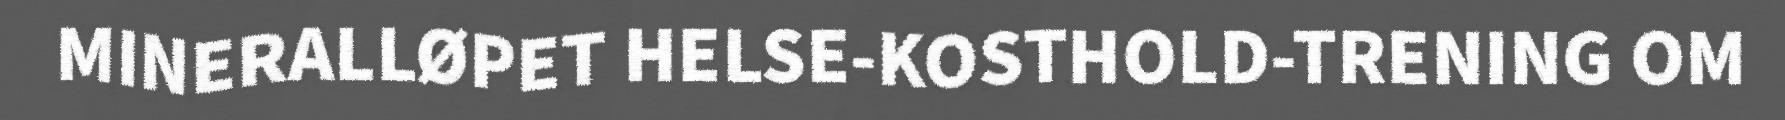
MINERALLØPET HELSE-KOSTHOLD-TRENING OM